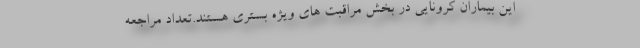
این بیماران کرونایی در بخش مراقبت های ویژه بستری هستند.تعداد مراجعه